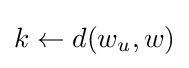
k\leftarrow d(w_{u},w)